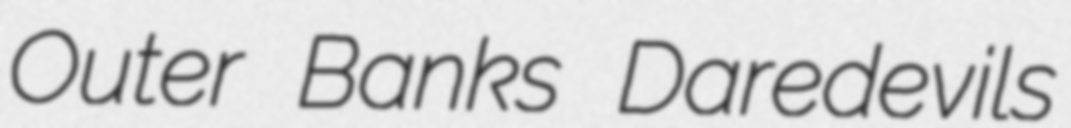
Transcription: Outer Banks Daredevils